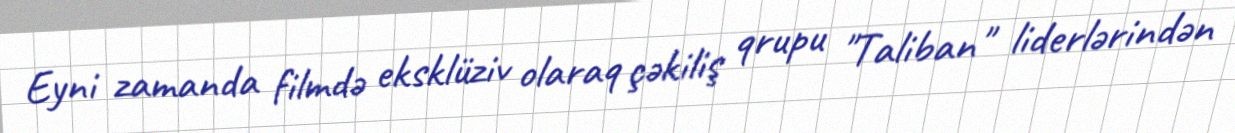
Eyni zamanda filmdə eksklüziv olaraq çəkiliş qrupu "Taliban" liderlərindən